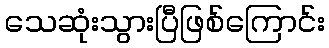
သေဆုံးသွားပြီဖြစ်ကြောင်း